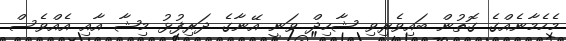
މެހެމާނެއްގެ ގޮތުން ބައިވެރިވި ޝާހިދް ވަނީ އޭނާގެ ދަރިފުޅު މިޝާ އާއި އެއްވެސް